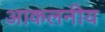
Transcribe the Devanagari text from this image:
आकलनीय